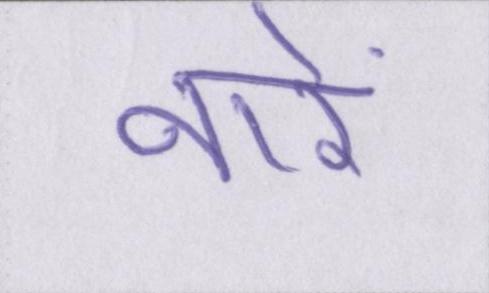
नारे